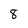
Character: 8